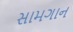
સામગાન